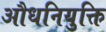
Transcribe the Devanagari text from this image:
औधनियुक्ति